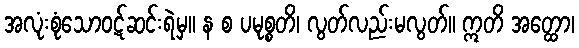
အလုံးစုံသောဝဋ်ဆင်းရဲမှ။ န စ ပမုစ္စတိ၊ လွတ်လည်းမလွတ်။ ဣတိ အတ္ထော၊